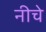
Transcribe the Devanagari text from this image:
नीचे